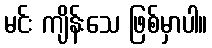
မင်း ကျိန်းသေ ဖြစ်မှာပါ။